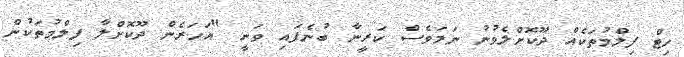
ހިޓް ފިލްމުތަކެއް ދޫކޮށްލެވުނު ނަމަވެސް ކަރީނާ ބުނެފައި ވަނީ "އަހަރެން ދޫކޮށްލާ ފިލްމުތަކުން